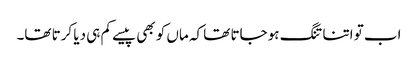
اب تو اتنا تنگ ہو جاتا تھا کہ ماں کو بھی پیسے کم ہی دیا کرتا تھا۔